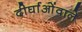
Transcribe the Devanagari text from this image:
दीर्घाओंवाले